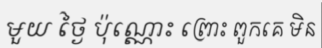
មួយ ថ្ងៃ ប៉ុណ្ណោះ ព្រោះ ពួកគេ មិន